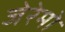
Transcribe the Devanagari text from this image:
जेरेमो